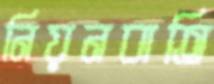
নিয়নবাতি